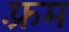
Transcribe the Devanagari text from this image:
फ़्रम